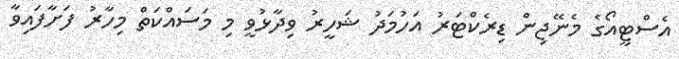
އެސްޓީއޯގެ މެނޭޖިން ޑިރެކްޓަރު އަހުމަދު ޝަހީރު ވިދާޅުވީ މި މަސައްކަތް މިހާރު ފަށާފައިވާ